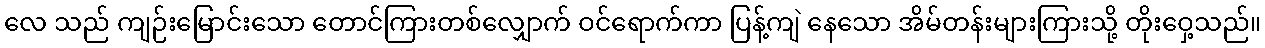
လေ သည် ကျဉ်းမြောင်းသော တောင်ကြားတစ်လျှောက် ဝင်ရောက်ကာ ပြန့်ကျဲ နေသော အိမ်တန်းများကြားသို့ တိုးဝှေ့သည်။